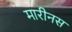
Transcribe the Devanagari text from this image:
मारीनस